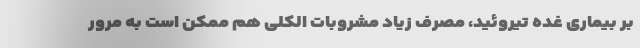
بر بیماری غده تیروئید، مصرف زیاد مشروبات الکلی هم ممکن است به مرور